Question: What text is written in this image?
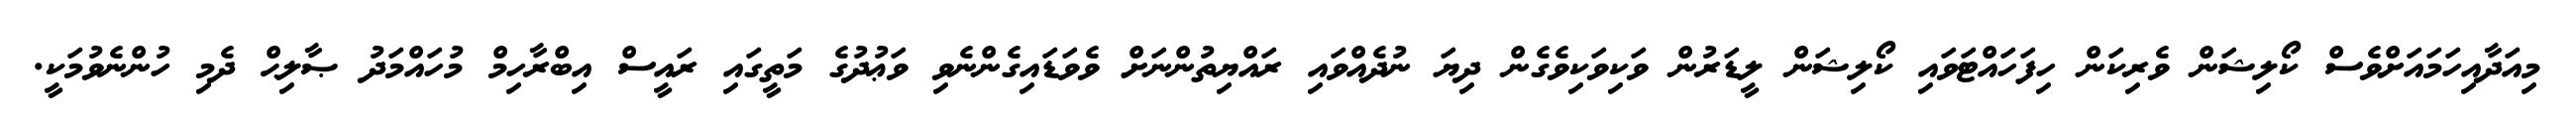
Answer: މިއަދާއިހަމައަށްވެސް ކޯލިޝަން ވެރިކަން ހިފަހައްޓަވައި ކޯލިޝަން ލީޑަރުން ވަކިވަކިވެގެން ދިޔަ ނުދެއްވައި ރައްޔިތުންނަށް ވެވަޑައިގެންނެވި ވަޢުދުގެ މަތީގައި ރައީސް އިބްރާހިމް މުހައްމަދު ޞާލިޙް ދެމި ހުންނެވުމަކީ.